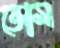
ভোম